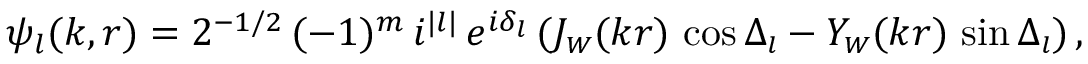
\psi _ { l } ( k , r ) = 2 ^ { - 1 / 2 } \, ( - 1 ) ^ { m } \, i ^ { | l | } \, e ^ { i \delta _ { l } } \, ( J _ { \scriptscriptstyle { W } } ( k r ) \, \cos \Delta _ { \scriptscriptstyle { l } } - Y _ { \scriptscriptstyle { W } } ( k r ) \, \sin \Delta _ { \scriptscriptstyle { l } } ) \, ,